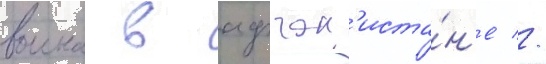
воина в афган'иста́н'е //